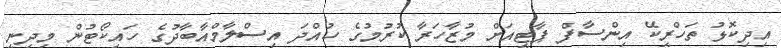
އިދިކޮޅު ތަހްރީކޭ އިންސާފް ޕާޓީއަށް މުޒާހަރާ ކުރުމުގެ ހުއްދަ އިސްލާމްއާބާދުގެ ހައިކޯޓުން މިދިނީ